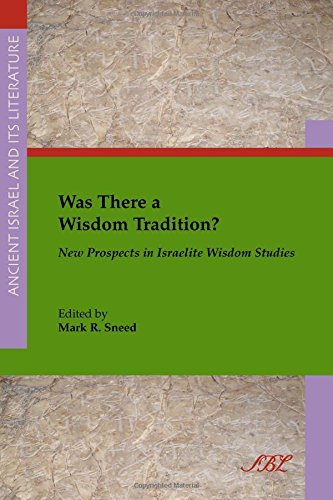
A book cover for Was There a Wisdom Tradition? New Prospects in Israelite Wisdom Studies (Ancient Israel and Its Literature); Mark R. Sneed; Christian Books & Bibles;